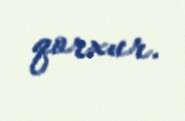
qorxur.